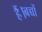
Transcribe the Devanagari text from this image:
हैं।बच्चों